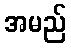
အမည်